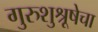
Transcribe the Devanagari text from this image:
गुरुशुश्रूषेचा